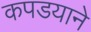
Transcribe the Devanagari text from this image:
कपडयाने